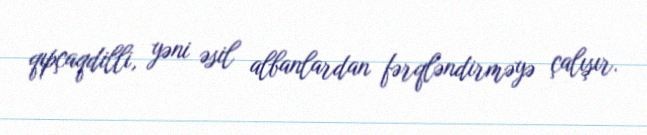
qıpçaqdilli, yəni əsil albanlardan fərqləndirməyə çalışır.